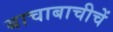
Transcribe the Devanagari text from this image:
बाचाबाचीचें